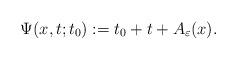
LaTeX: \begin{align*}\Psi(x,t; t_0) :=t_0 + t + A_{\varepsilon}(x).\end{align*}